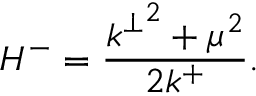
H ^ { - } = \frac { { k ^ { \perp } } ^ { 2 } + \mu ^ { 2 } } { 2 k ^ { + } } . \,